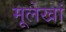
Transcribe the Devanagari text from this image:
मूलेखां